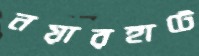
নয়ারহাটে